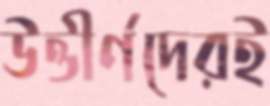
উত্তীর্ণদেরই